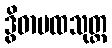
ဒွိဓာပထသုတ္တ